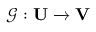
\mathcal { G } : \mathbf { U } \xrightarrow { } \mathbf { V }